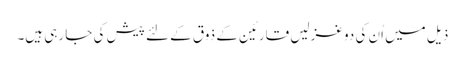
ذیل میں اُن کی دو غزلیں قارئین کے ذوق کے لئے پیش کی جا رہی ہیں۔